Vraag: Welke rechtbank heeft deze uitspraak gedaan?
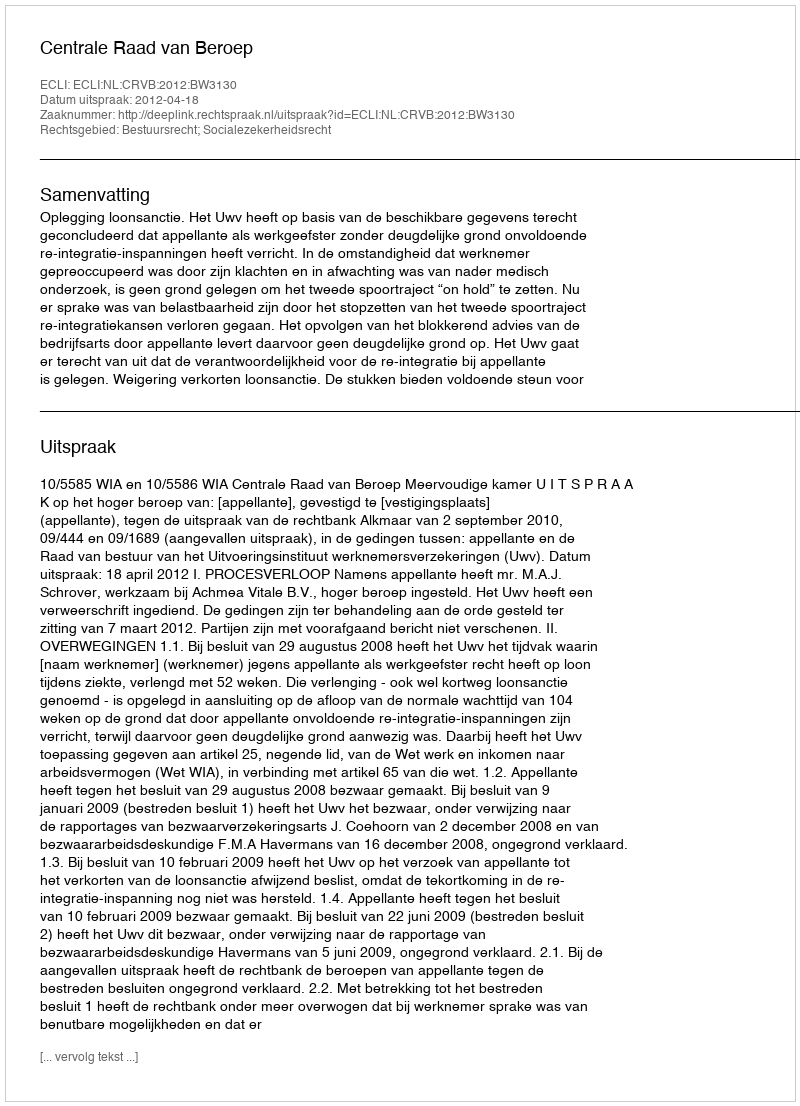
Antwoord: Centrale Raad van Beroep